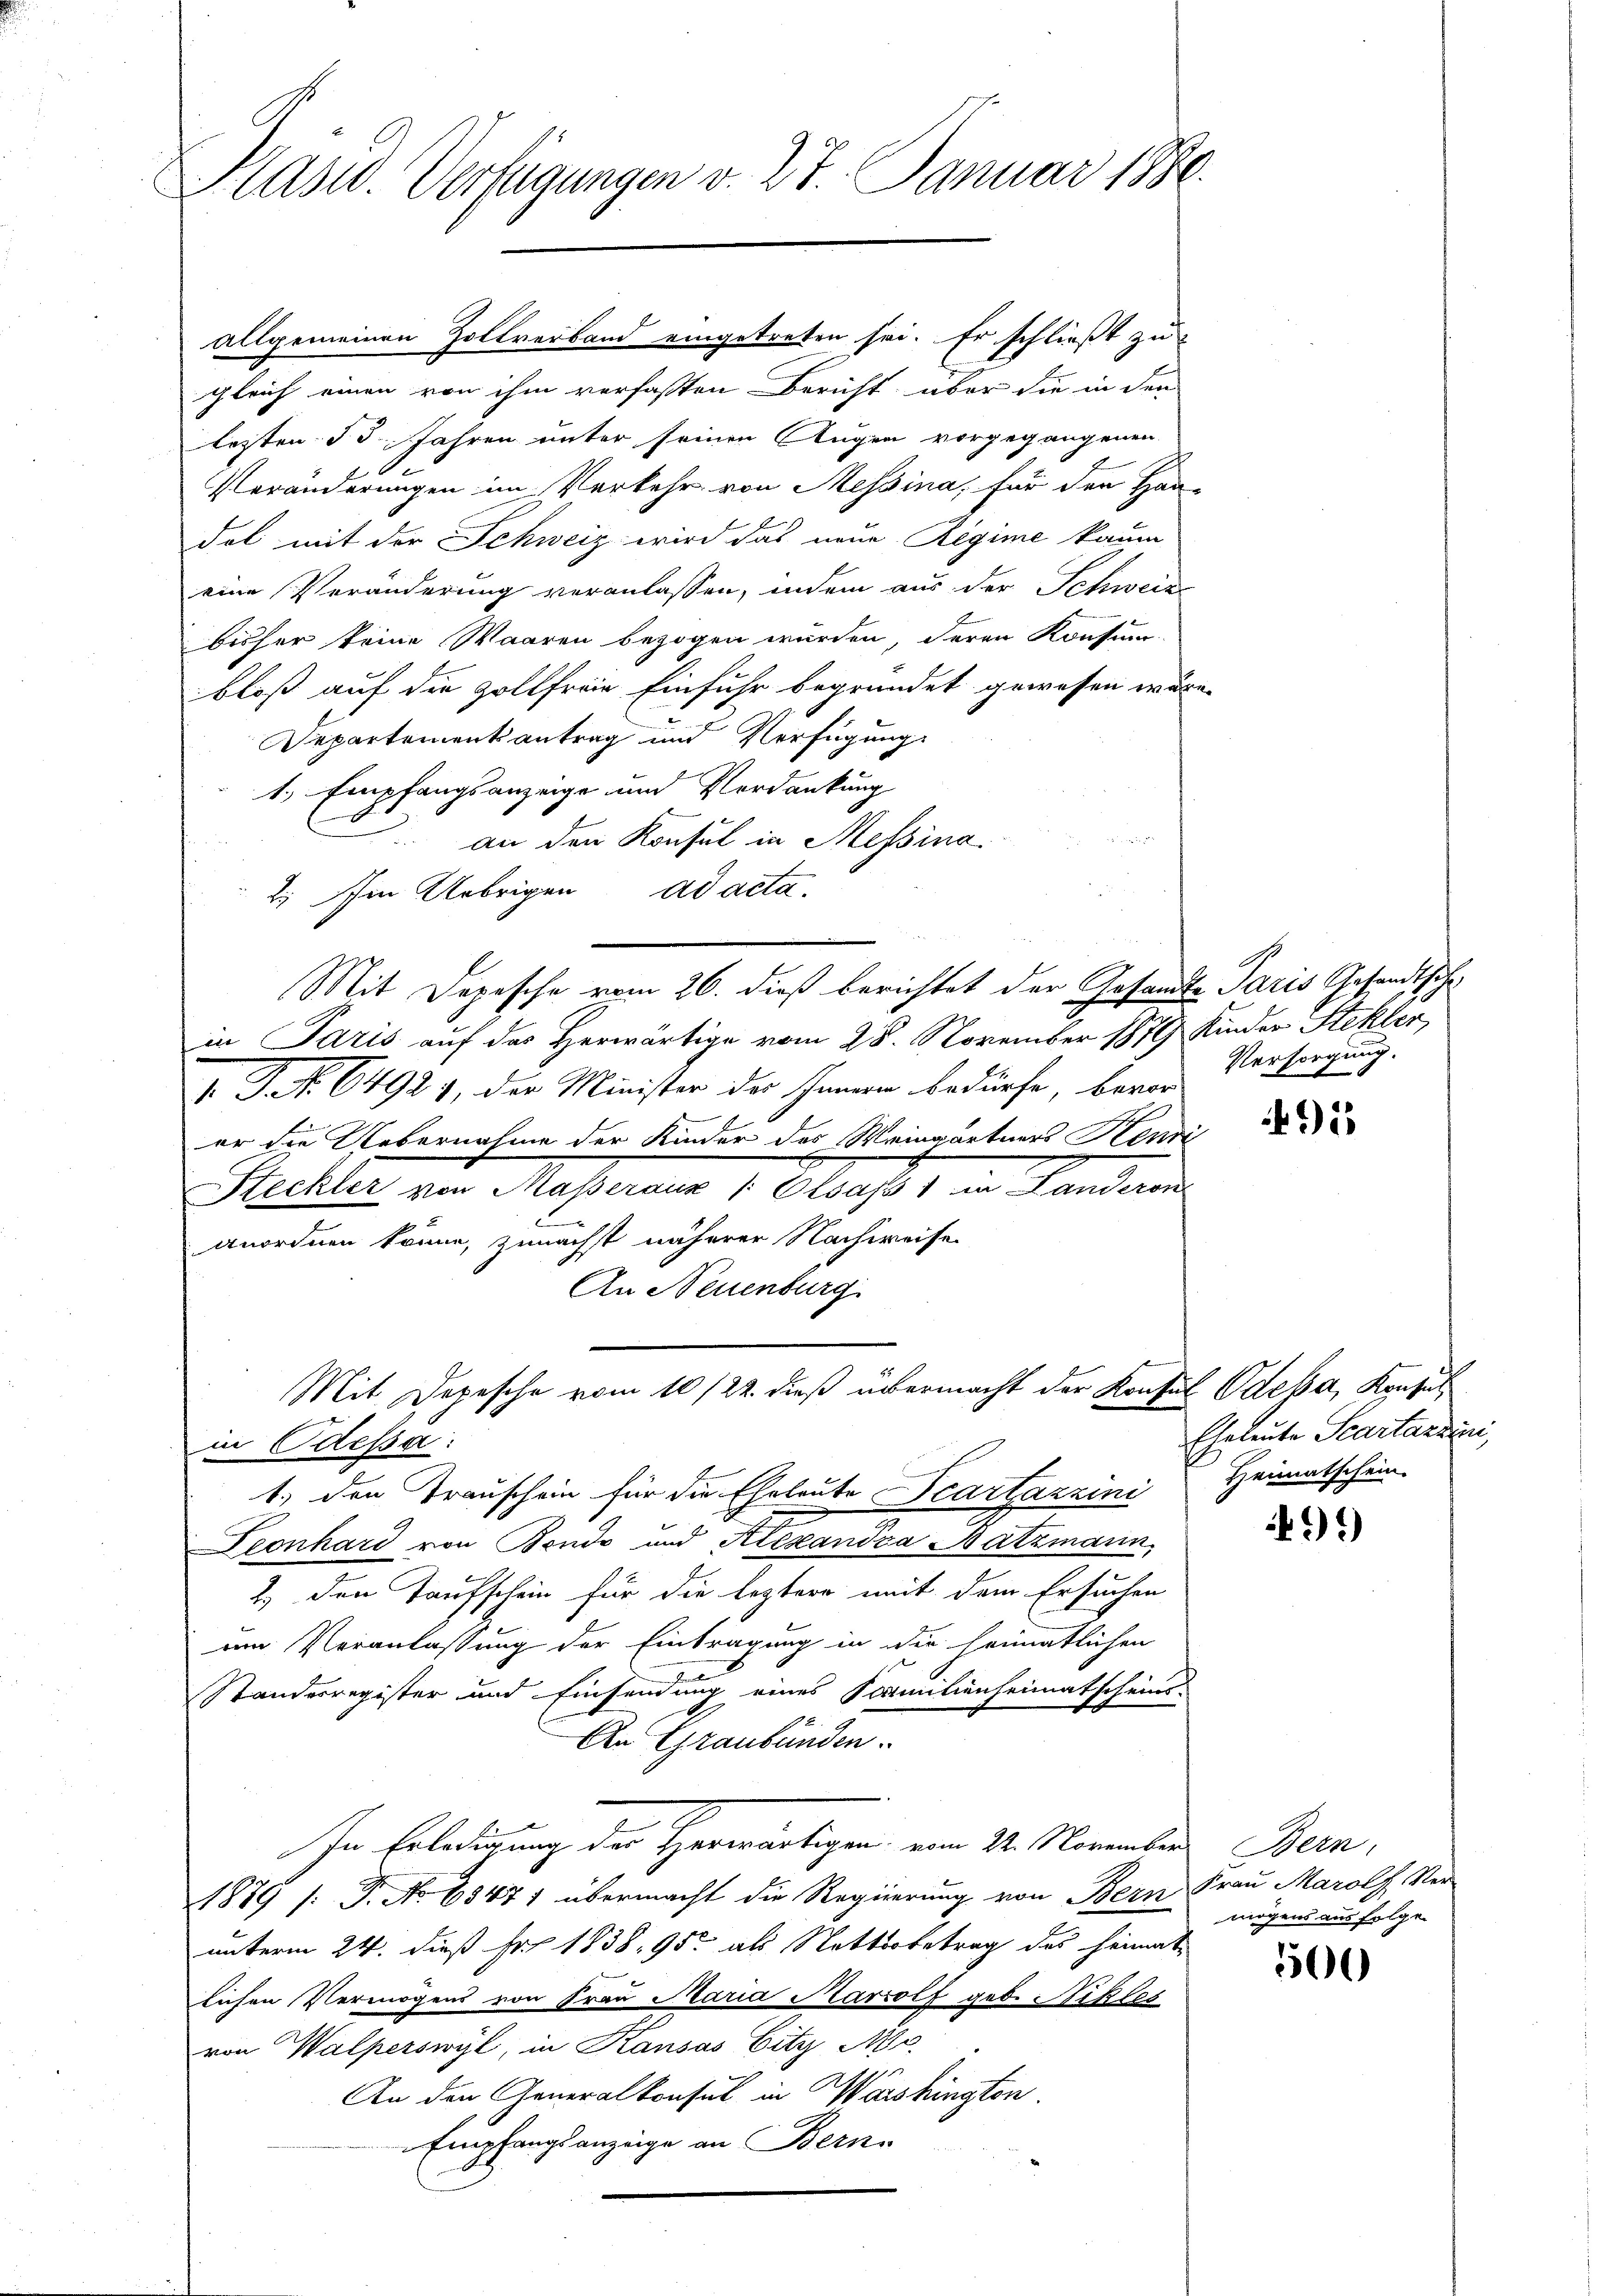
Kasw. Verfügungen v. 27. Januar 1880.

allgemeinen Zollverband eingetreten sei. Er schließt zu
gleich einen von ihm verfaßten Bericht über die in den
lezten § 3 Jahren unter seinen Augen vorgegangenen
Veränderungen im Verkehr von Messina, für den Han-
E
dol mit der Schweiz wird das neue Regime kaum
eine Veränderung veranlassen, indem aus der Schweiz
bisher keine Waaren bezogen wurden, deren Konsum
bloß auf die Zollfreie Einfuhr begründet gewesen wäre,
Departement antrag und Verfügung
1.) Empfangsanzeige und Verdankung
an den Konsul in Messina.
2) Im Uebrigen ad acta.
in Paris auf das Herwärtige vom 28. November 1879 Kinder Stekler,
1. Tat. 64929, der Minister des Innern bedürfe, bevor
er die Uebernahme der Kinder des Weingärtners Henri
Hechli von Massner 1. Klasst in Landeren
.
anordnen könne, zunächst näherer Nachweise
An Neuenburg
Mit Depesche vom 10/22. dieß übermacht der Konsul Odeba, Konsul
in Odessa
1.) den Trauschein für die Eheleute Scartazzini
Deonhard von Bendo und Alexandza Satzmann,
2.) Den Taufschein für die leztere mit dem Ersuchen
um Veranlassung der Eintragung in die heimatlichen
Standesregister und Einsendung eines Familienheimatscheins-
An Graubünden.
In Erledigung der Herwärtigen vom 21. November
1889 s. Fr. No 63471 übermacht die Regierung von Bern Frau Marolf Ster-
unterm 24. dieß Fr. 1838, 95 als Nettsobetrag des Heimat
lichen Vermögens von Frau Maria Marzolf geb. Nikles
von Walperswyl, in Kausas Eity Mo
An den Generalkonsul in Wärshington.
Empfangsanzeige an Berns

Mit Depesche vom 26. dieß berichtet der Gesandte Paris Gesandtsche

.
Versorgung.

915

Eheleute Scartazzini,
Heimatschein.

499)

Bern.
mögens aus folgen

500